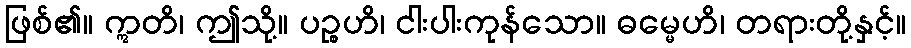
ဖြစ်၏။ ဣတိ၊ ဤသို့။ ပဉ္စဟိ၊ ငါးပါးကုန်သော။ ဓမ္မေဟိ၊ တရားတို့နှင့်။